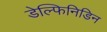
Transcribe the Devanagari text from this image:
डेल्फिनिडिन